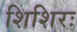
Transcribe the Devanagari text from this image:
शिशिरः